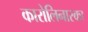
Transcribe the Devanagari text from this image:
कारोलिनास्का